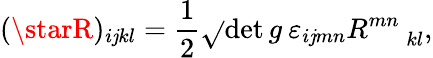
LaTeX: (\starR)_{i\mathit{j}kl}={\frac{{1}}{{2}}}\sqrt{}{{\operatorname*{det}g}}\: \varepsilon_{i\mathit{j}mn}R_{\: \: \: \: \: \: kl}^{mn},